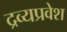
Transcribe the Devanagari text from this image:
द्रव्यप्रवेश